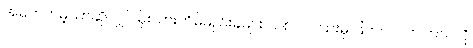
အမှတ်တမဲ့သာဆိုလျှင် မိုးသားတိမ်မည်းခဲများ သစ်ပင်ကြားမှ ဖြတ်ဝင်လာကြသလို